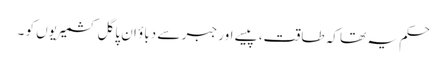
حکم یہ تھا کہ طاقت، پیسے اور جبر سے دباؤ ان پاگل کشمیریوں کو ۔